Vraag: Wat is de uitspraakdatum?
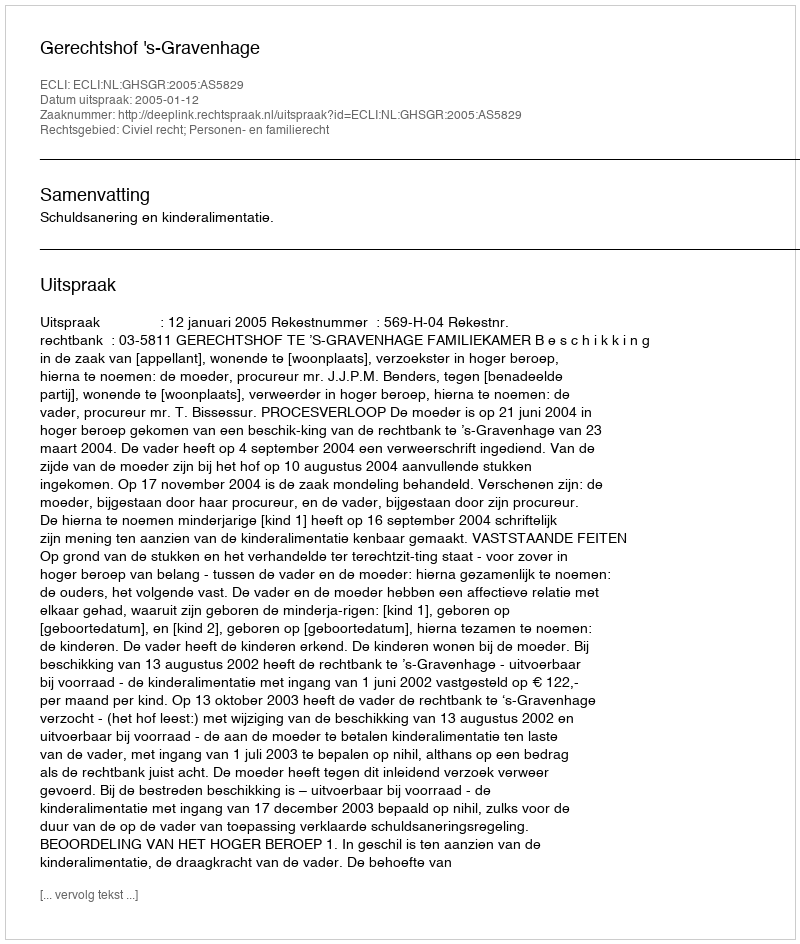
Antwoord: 2005-01-12